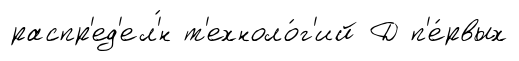
распр'ед'ел'́н т'ехноло́г'ий Д п'е́рвых